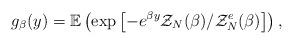
LaTeX: \begin{align*} g_\beta(y) = \mathbb{E}\left(\exp\left[ - e^{\beta y} \mathcal{Z}_{N}(\beta)/\mathcal{Z}^{e}_{N}(\beta)\right]\right),\end{align*}